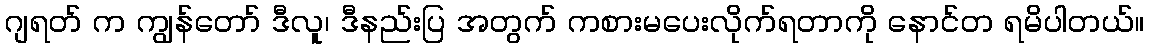
ဂျရတ် က ကျွန်တော် ဒီလူ၊ ဒီနည်းပြ အတွက် ကစားမပေးလိုက်ရတာကို နောင်တ ရမိပါတယ်။